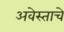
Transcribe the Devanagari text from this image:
अवेस्ताचे